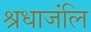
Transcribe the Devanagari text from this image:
श्रधाजंलि